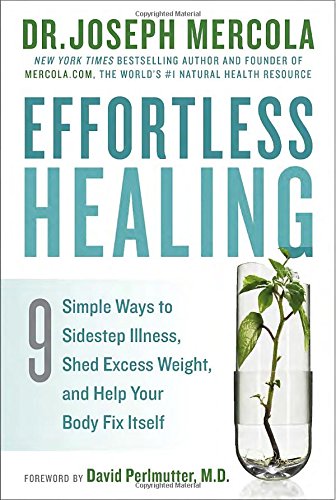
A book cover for Effortless Healing: 9 Simple Ways to Sidestep Illness, Shed Excess Weight, and Help Your Body Fix Itself; Dr. Joseph Mercola; Health, Fitness & Dieting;